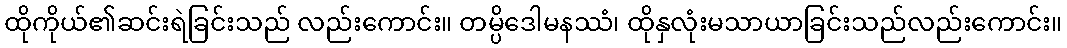
ထိုကိုယ်၏ဆင်းရဲခြင်းသည် လည်းကောင်း။ တမ္ပိဒေါမနဿံ၊ ထိုနှလုံးမသာယာခြင်းသည်လည်းကောင်း။